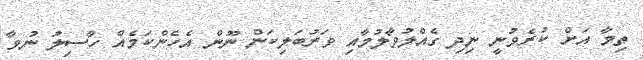
ތިމާ އަށް ކުރެވުނީ ނިދި ގެއްލުވާލުމާއި ވަރުބަލިކަން ނޫން އެހެންކަމެއް ހާސިލު ނުވާ